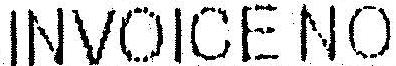
INVOICE NO